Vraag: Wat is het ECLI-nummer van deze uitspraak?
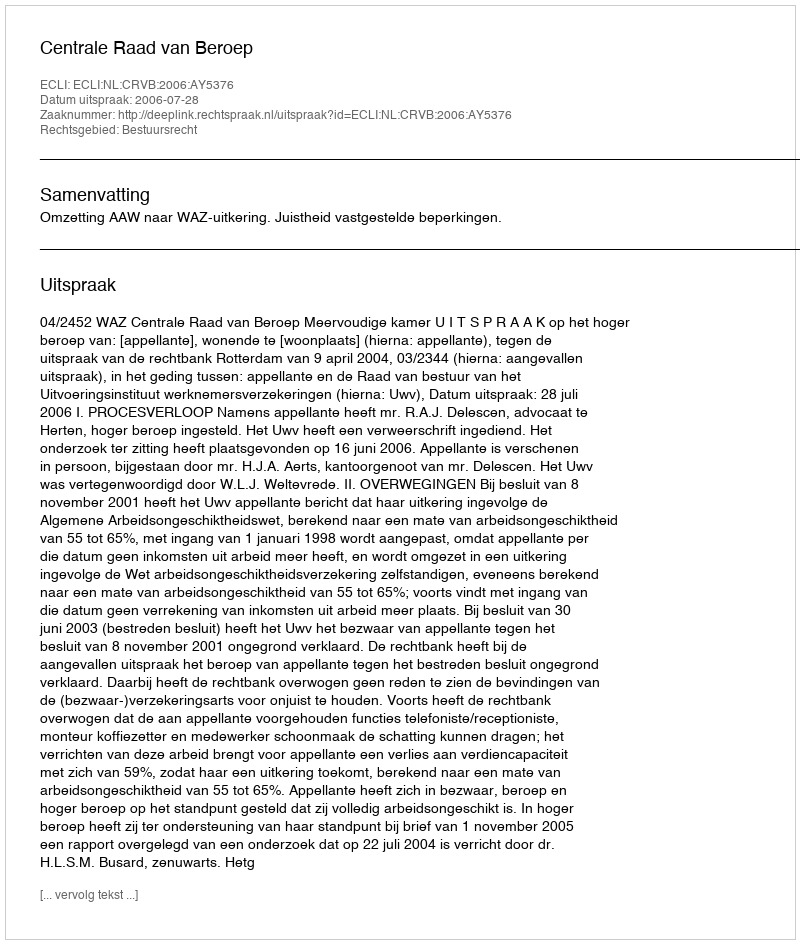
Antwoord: ECLI:NL:CRVB:2006:AY5376